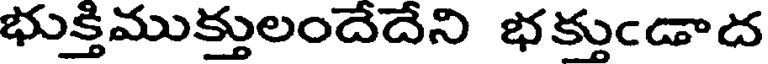
భుక్తిముక్తులందేదేని భక్తుఁడాద